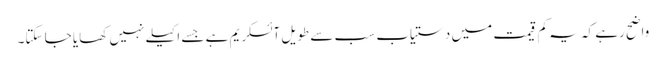
واضح رہے کہ یہ کم قیمت میں دستیاب سب سے طویل آئسکریم ہے جسے اکیلے نہیں کھایا جا سکتا۔